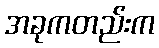
အခုကတည်းက